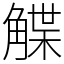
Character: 䚢